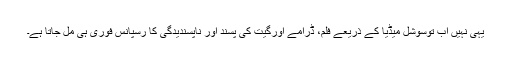
یہی نہیں اب توسوشل میڈیا کے ذریعے فلم، ڈرامے اورگیت کی پسند اور ناپسندیدگی کا رسپانس فوری ہی مل جاتا ہے۔